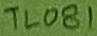
Text: TL081